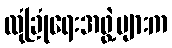
လုံခြုံရေးအဖွဲ့များက